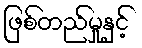
ဖြစ်တည်မှုနှင့်